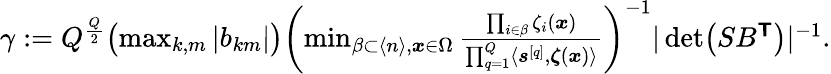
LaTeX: \begin{array}{r}{\gamma:=Q^{\frac{Q}{2}}\bigl(\operatorname*{max}_{k,m}|b_{km}|\bigr)\left(\operatorname*{min}_{\beta\subset\langle n\rangle,\boldsymbol{x}\in\Omega}\frac{\prod_{i\in\beta}\zeta_{i}(\boldsymbol{x})}{\prod_{q=1}^{Q}\langle\boldsymbol{s}^{[q]},\boldsymbol{\zeta}(\boldsymbol{x})\rangle}\right)^{-1}|\operatorname*{det}\bigl(SB^{\boldsymbol{\mathsf{T}}}\bigr)|^{-1}.}\end{array}